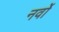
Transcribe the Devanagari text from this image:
नर्वो